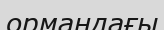
ормандағы